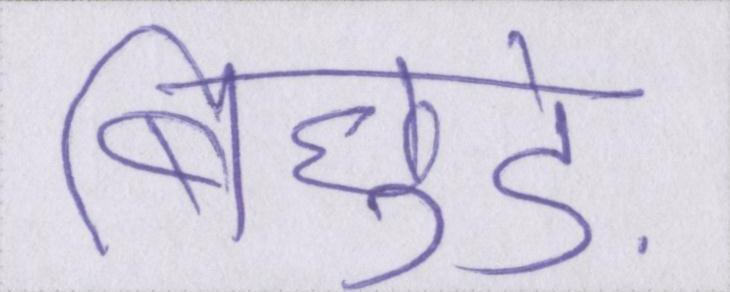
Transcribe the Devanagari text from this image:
बिछुड़े